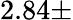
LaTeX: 2.84\pm